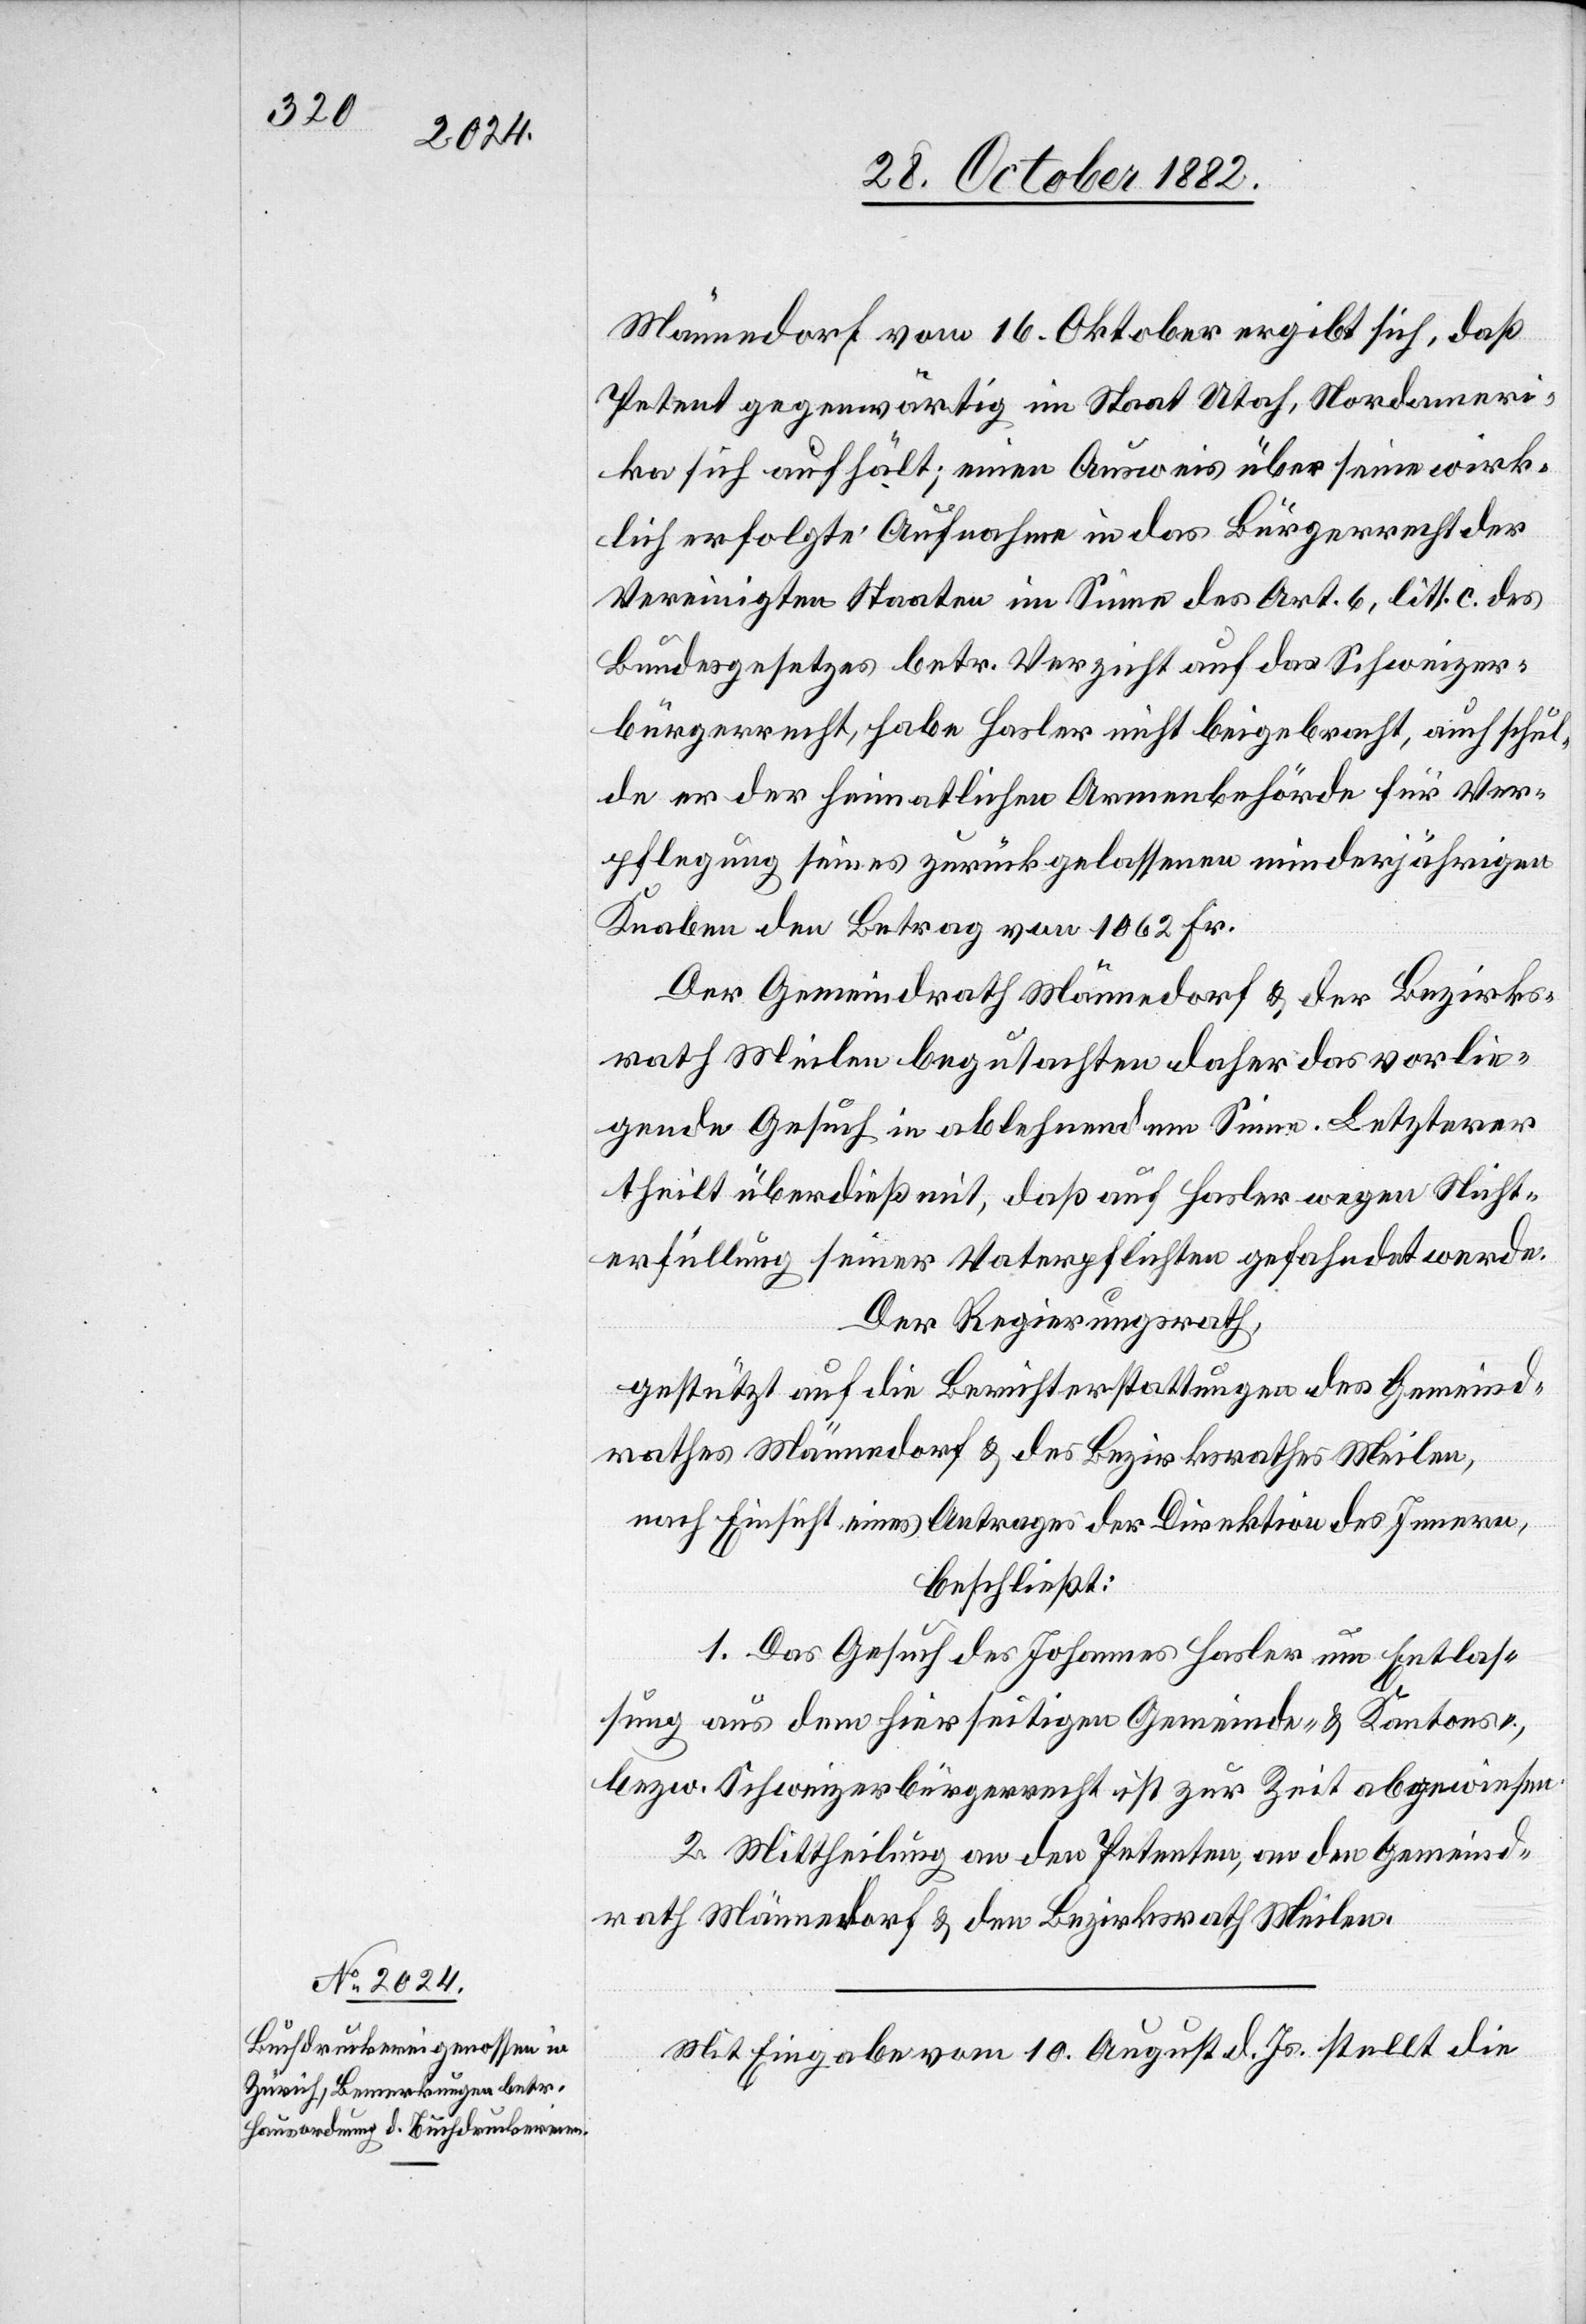
Männedorf vom 16. Oktober ergibt sich, daß
Petent gegenwärtig im Staat Utah, Nordameri¬
ka sich aufhält; einen Ausweis über seine wirk¬
lich erfolgte Aufnahme in das Bürgerrecht der
Vereinigten Staaten im Sinne des Art. 6, litt. c. des
Bundesgesetzes betr. Verzicht auf das Schweizer¬
bürgerrecht, habe Hasler nicht beigebracht, auch schul¬
de er der heimatlichen Armenbehörde für Ver¬
pflegung seines zurückgelassenen minderjährigen
Knaben den Betrag von 1062 Fr.
Der Gemeindrath Männedorf & der Bezirks¬
rath Meilen begutachten daher das vorlie¬
gende Gesuch in ablehnendem Sinne. Letzterer
theilt überdieß mit, daß auf Hasler wegen Nicht¬
erfüllung seiner Vaterpflichten gefahndet werde.
Der Regierungsrath,
gestützt auf die Berichterstattungen des Gemeind¬
rathes Männedorf & des Bezirksrathes Meilen,
nach Einsicht eines Antrages der Direktion des Innern,
beschließt:
1. Das Gesuch des Johannes Hasler um Entlas¬
sung aus dem hierseitigen Gemeinde- & Kantons-,
bezw. Schweizerbürgerrecht ist zur Zeit abgewiesen.
2. Mittheilung an den Petenten, an den Gemeind¬
rath Männedorf & den Bezirksrath Meilen.
Mit Eingabe vom 10. August d. Js. stellt die